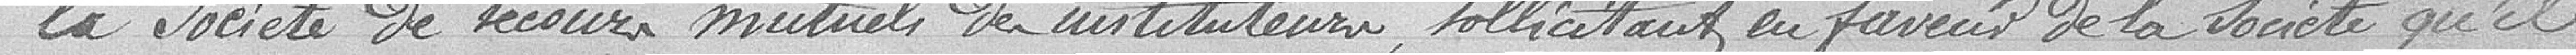
la société des secours mutuels des instituteurs, sollicitant en faveur de la société qu'il